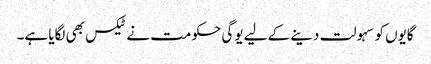
گایوں کو سہولت دینے کے لیے یوگی حکومت نے ٹیکس بھی لگایا ہے۔